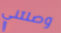
وصلتني